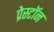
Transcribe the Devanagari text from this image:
प्रेस्टॉन